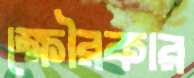
ক্ষৌরকার